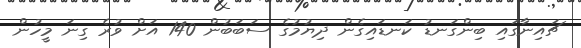
ޗައިނާގައި ބިންގަނޑު ކަނޑައިގެން ދިޔުމުގެ ސަބަބުން 140 އަށް ވުރެ ގިނަ މީހުން